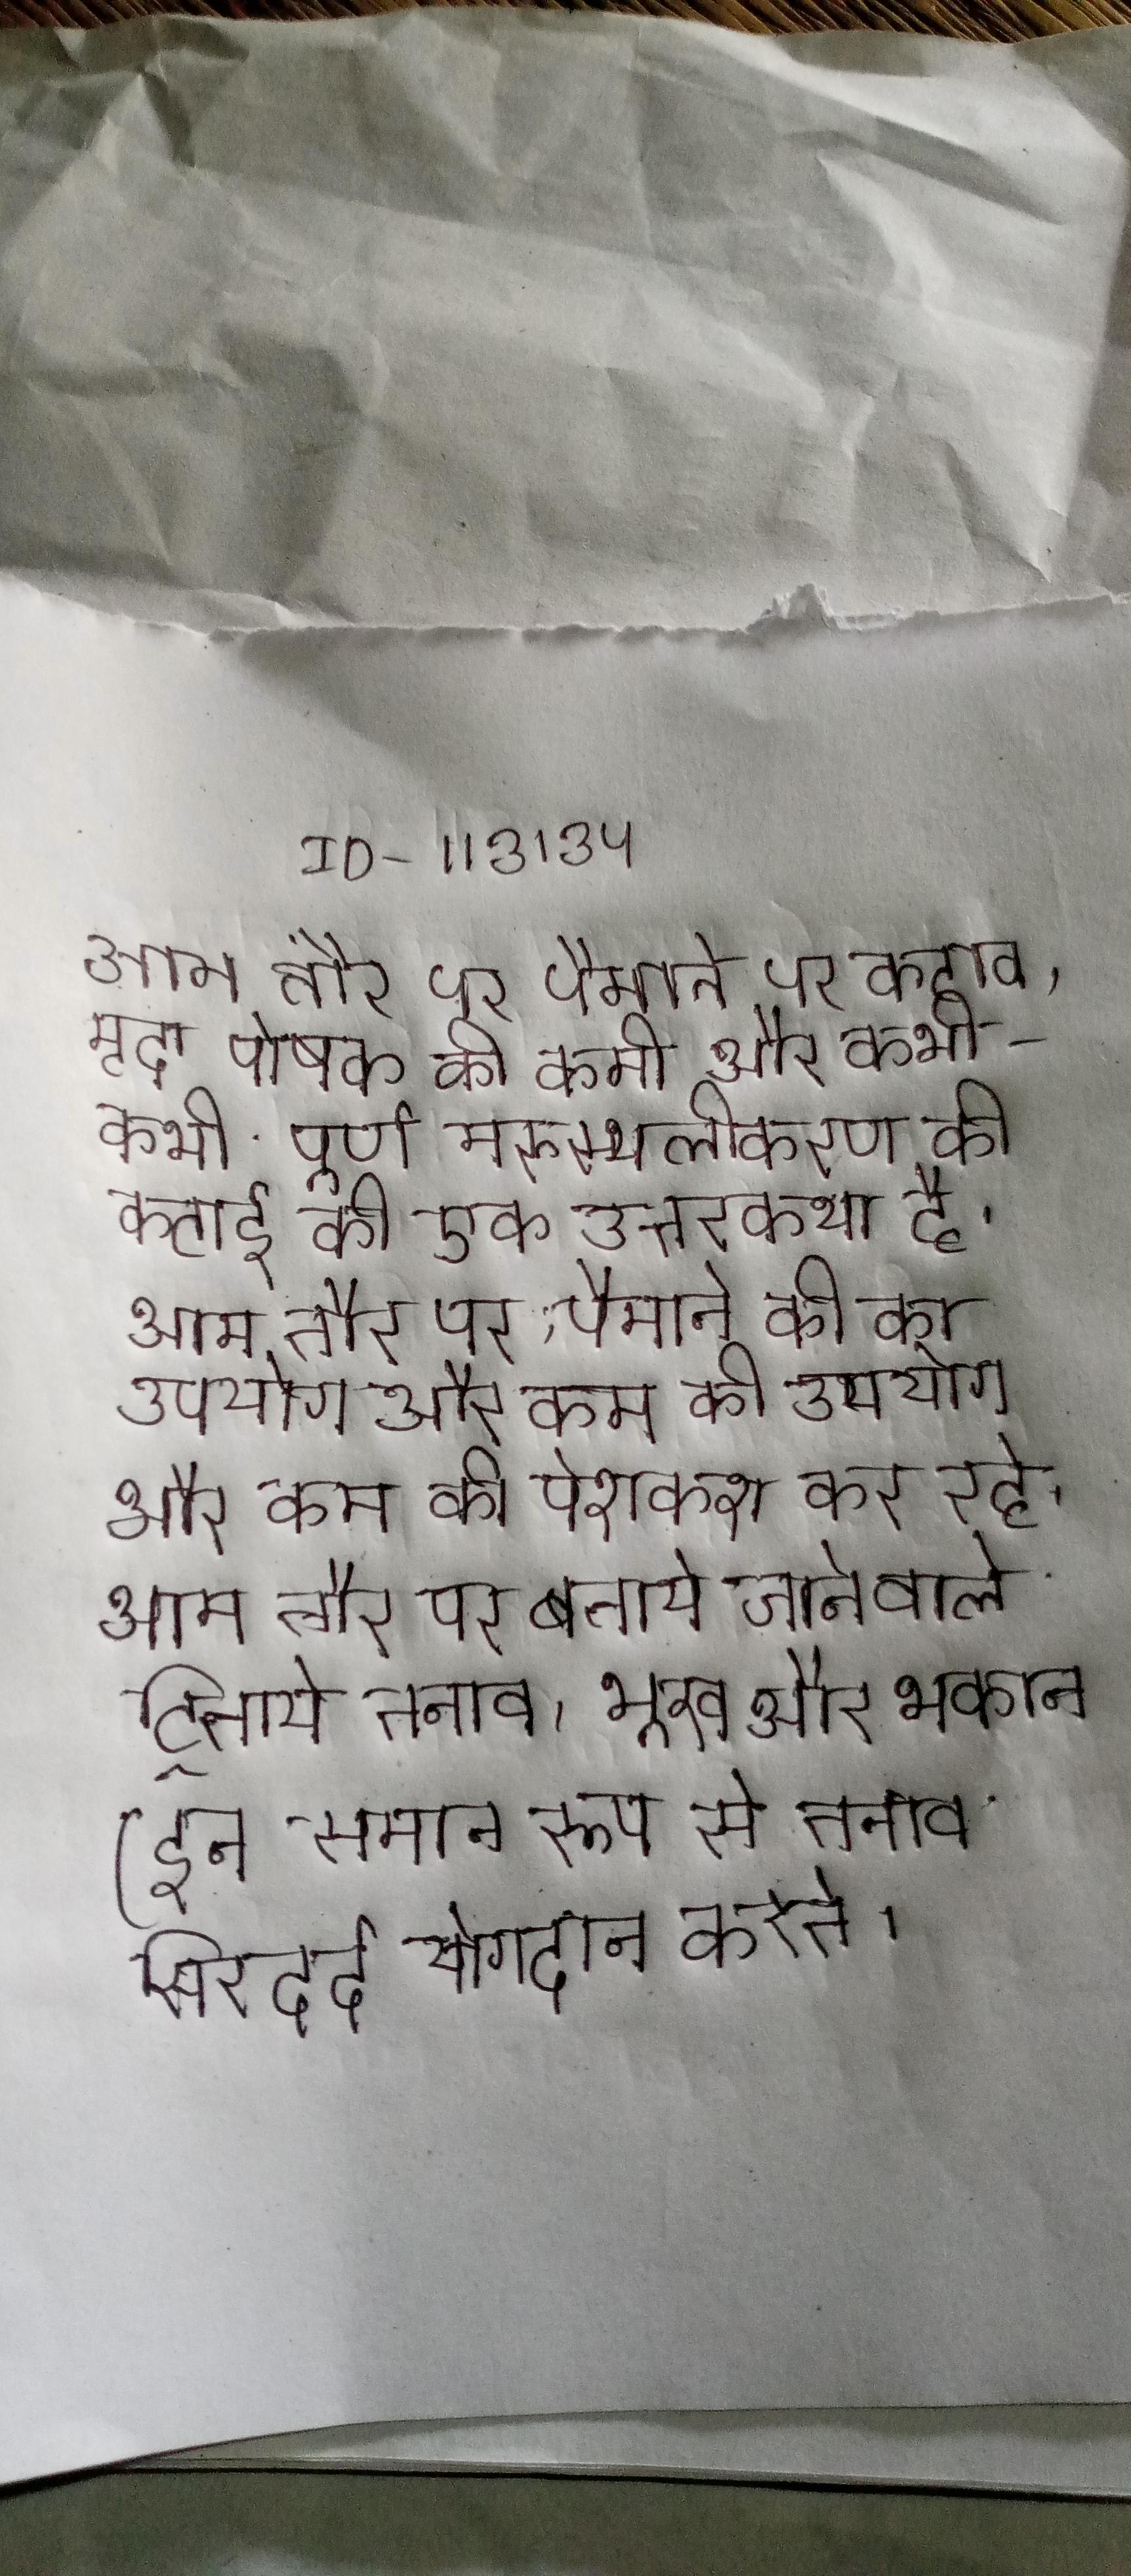
आम तौर पर पैमाने पर कटाव, मृदा पोषक की कमी और कभी-कभी पूर्ण मरुस्थलीकरण की कटाई की एक उत्तरकथा है । आम तौर पर, पैमाने की का उपयोग और कम की पेशकश कर रहे । आम तौर पर बताये जाने वाले ट्रिगर तनाव, भूख और थकान (इन समान रूप से तनाव सिरदर्द योगदान करते ।